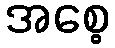
အစေ့